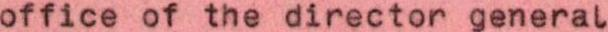
office of the director general